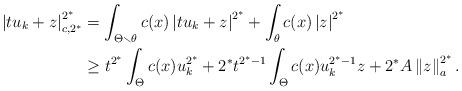
LaTeX: \begin{align*}\left\vert tu_{k}+z\right\vert _{c,2^{\ast}}^{2^{\ast}} & =\int_{\Theta\smallsetminus\theta}c(x)\left\vert tu_{k}+z\right\vert ^{2^{\ast}}+\int_{\theta}c(x)\left\vert z\right\vert ^{2^{\ast}}\\& \geq t^{2^{\ast}}\int_{\Theta}c(x)u_{k}^{2^{\ast}}+2^{\ast}t^{2^{\ast}-1}\int_{\Theta}c(x)u_{k}^{2^{\ast}-1}z+2^{\ast}A\left\Vert z\right\Vert_{a}^{2^{\ast}}.\end{align*}